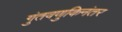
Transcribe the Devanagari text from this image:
गुंतवणुकिनंतर